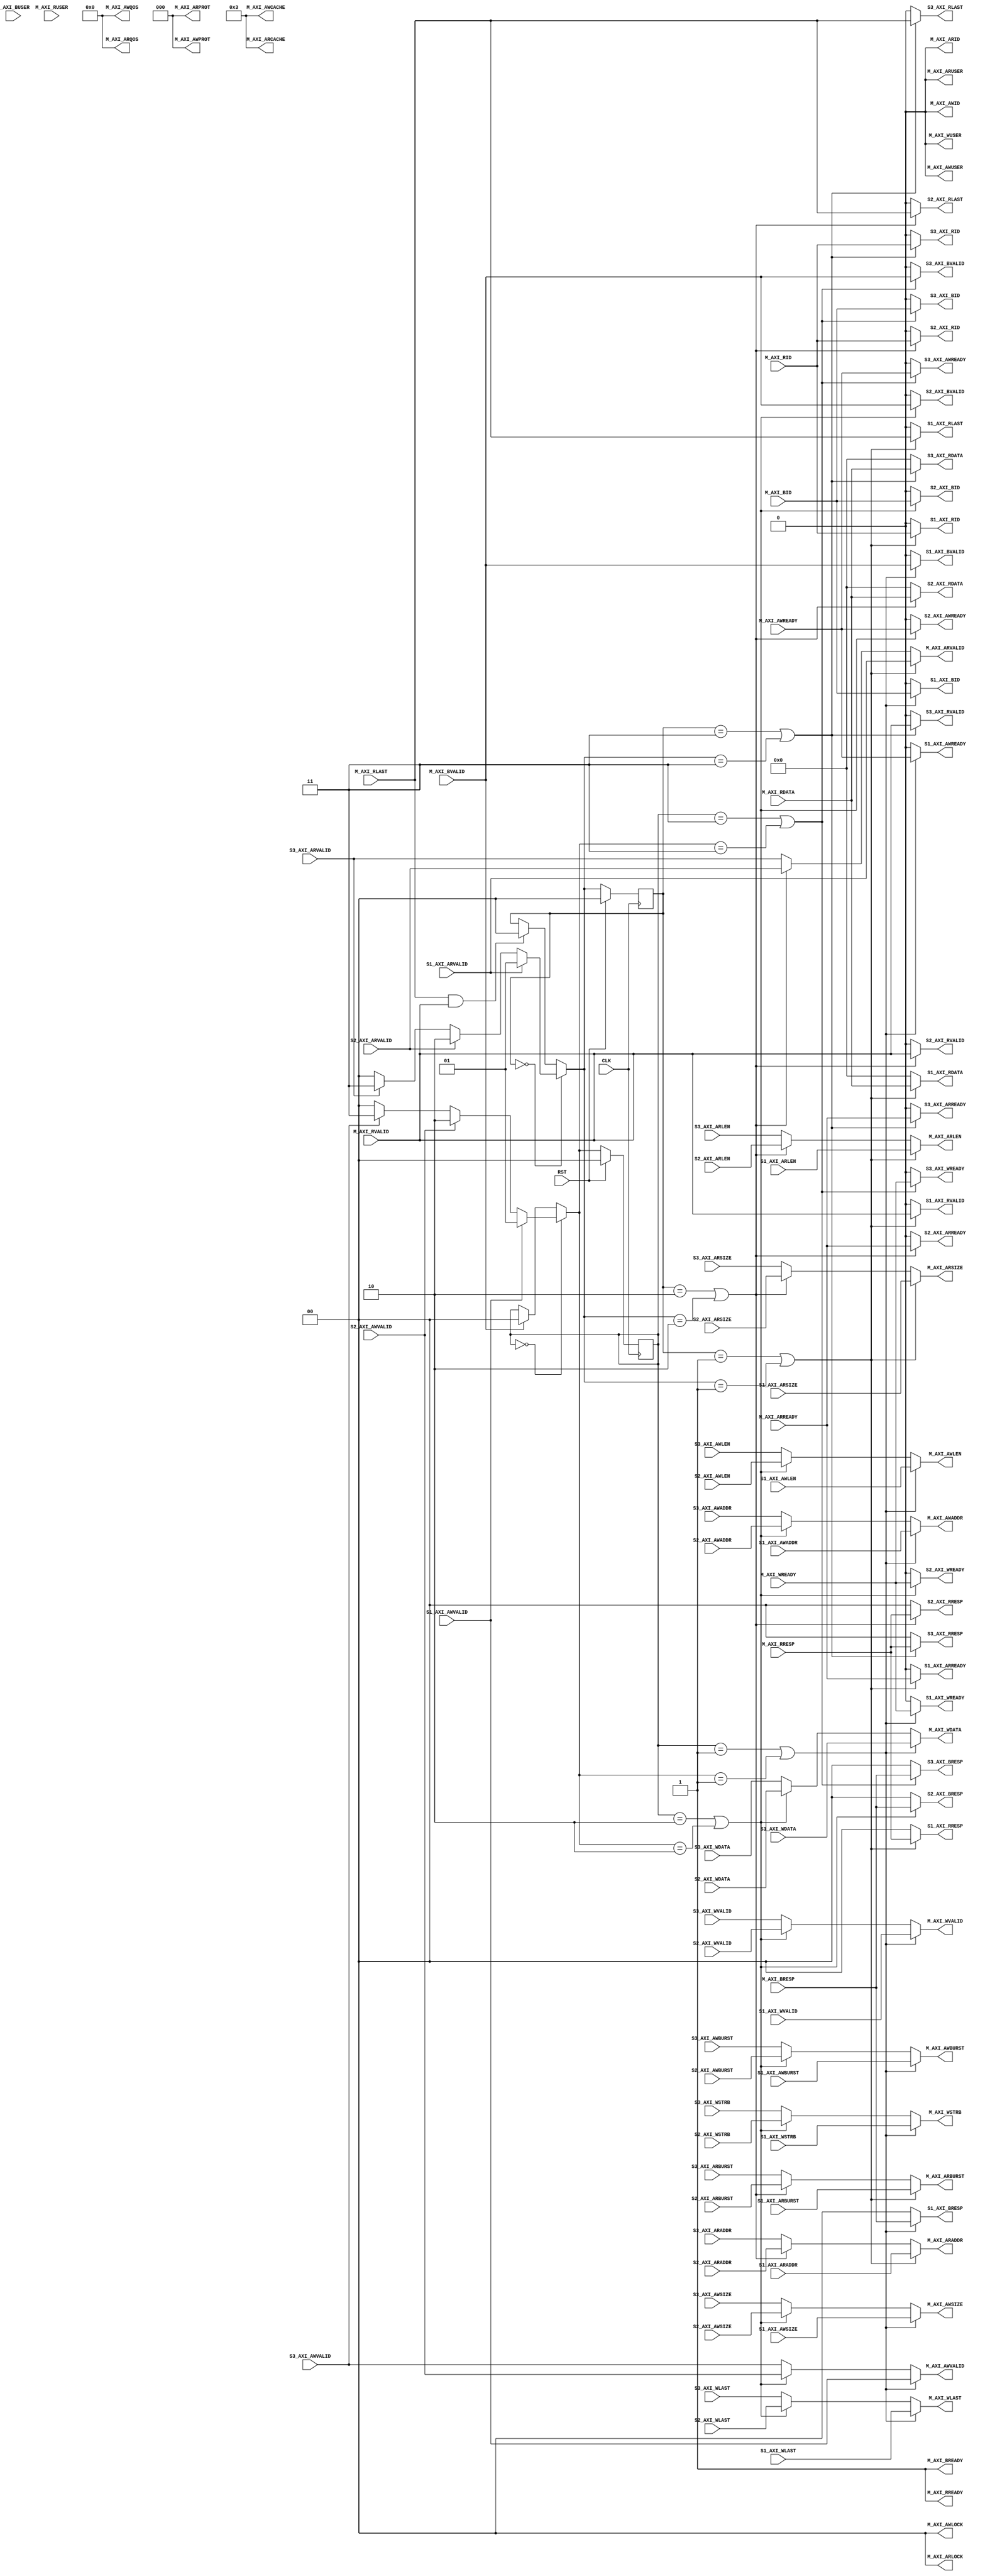
module interconnect_axi
    (
        /* -----  ----- */
        // , 
        input wire          CLK,
        input wire          RST,

        /* ----- AXI ----- */
        // Master
        output wire         M_AXI_AWID,
        output wire [31:0]  M_AXI_AWADDR,
        output wire [7:0]   M_AXI_AWLEN,
        output wire [2:0]   M_AXI_AWSIZE,
        output wire [1:0]   M_AXI_AWBURST,
        output wire [1:0]   M_AXI_AWLOCK,
        output wire [3:0]   M_AXI_AWCACHE,
        output wire [2:0]   M_AXI_AWPROT,
        output wire [3:0]   M_AXI_AWQOS,
        output wire         M_AXI_AWUSER,
        output wire         M_AXI_AWVALID,
        input  wire         M_AXI_AWREADY,
        output wire [31:0]  M_AXI_WDATA,
        output wire [3:0]   M_AXI_WSTRB,
        output wire         M_AXI_WLAST,
        output wire         M_AXI_WUSER,
        output wire         M_AXI_WVALID,
        input  wire         M_AXI_WREADY,
        input  wire         M_AXI_BID,
        input  wire [1:0]   M_AXI_BRESP,
        input  wire         M_AXI_BUSER,
        input  wire         M_AXI_BVALID,
        output wire         M_AXI_BREADY,
        output wire         M_AXI_ARID,
        output wire [31:0]  M_AXI_ARADDR,
        output wire [7:0]   M_AXI_ARLEN,
        output wire [2:0]   M_AXI_ARSIZE,
        output wire [1:0]   M_AXI_ARBURST,
        output wire [1:0]   M_AXI_ARLOCK,
        output wire [3:0]   M_AXI_ARCACHE,
        output wire [2:0]   M_AXI_ARPROT,
        output wire [3:0]   M_AXI_ARQOS,
        output wire         M_AXI_ARUSER,
        output wire         M_AXI_ARVALID,
        input  wire         M_AXI_ARREADY,
        input  wire         M_AXI_RID,
        input  wire [31:0]  M_AXI_RDATA,
        input  wire [1:0]   M_AXI_RRESP,
        input  wire         M_AXI_RLAST,
        input  wire         M_AXI_RUSER,
        input  wire         M_AXI_RVALID,
        output wire         M_AXI_RREADY,

        // Slave1
        input  wire [31:0]  S1_AXI_AWADDR,
        input  wire [7:0]   S1_AXI_AWLEN,
        input  wire [2:0]   S1_AXI_AWSIZE,
        input  wire [1:0]   S1_AXI_AWBURST,
        input  wire         S1_AXI_AWVALID,
        output wire         S1_AXI_AWREADY,
        input  wire [31:0]  S1_AXI_WDATA,
        input  wire [3:0]   S1_AXI_WSTRB,
        input  wire         S1_AXI_WLAST,
        input  wire         S1_AXI_WVALID,
        output wire         S1_AXI_WREADY,
        output wire         S1_AXI_BID,
        output wire [1:0]   S1_AXI_BRESP,
        output wire         S1_AXI_BVALID,
        input  wire [31:0]  S1_AXI_ARADDR,
        input  wire [7:0]   S1_AXI_ARLEN,
        input  wire [2:0]   S1_AXI_ARSIZE,
        input  wire [1:0]   S1_AXI_ARBURST,
        input  wire         S1_AXI_ARVALID,
        output wire         S1_AXI_ARREADY,
        output wire         S1_AXI_RID,
        output wire [31:0]  S1_AXI_RDATA,
        output wire [1:0]   S1_AXI_RRESP,
        output wire         S1_AXI_RLAST,
        output wire         S1_AXI_RVALID,

        // Slave2
        input  wire [31:0]  S2_AXI_AWADDR,
        input  wire [7:0]   S2_AXI_AWLEN,
        input  wire [2:0]   S2_AXI_AWSIZE,
        input  wire [1:0]   S2_AXI_AWBURST,
        input  wire         S2_AXI_AWVALID,
        output wire         S2_AXI_AWREADY,
        input  wire [31:0]  S2_AXI_WDATA,
        input  wire [3:0]   S2_AXI_WSTRB,
        input  wire         S2_AXI_WLAST,
        input  wire         S2_AXI_WVALID,
        output wire         S2_AXI_WREADY,
        output wire         S2_AXI_BID,
        output wire [1:0]   S2_AXI_BRESP,
        output wire         S2_AXI_BVALID,
        input  wire [31:0]  S2_AXI_ARADDR,
        input  wire [7:0]   S2_AXI_ARLEN,
        input  wire [2:0]   S2_AXI_ARSIZE,
        input  wire [1:0]   S2_AXI_ARBURST,
        input  wire         S2_AXI_ARVALID,
        output wire         S2_AXI_ARREADY,
        output wire         S2_AXI_RID,
        output wire [31:0]  S2_AXI_RDATA,
        output wire [1:0]   S2_AXI_RRESP,
        output wire         S2_AXI_RLAST,
        output wire         S2_AXI_RVALID,

        // Slave3
        input  wire [31:0]  S3_AXI_AWADDR,
        input  wire [7:0]   S3_AXI_AWLEN,
        input  wire [2:0]   S3_AXI_AWSIZE,
        input  wire [1:0]   S3_AXI_AWBURST,
        input  wire         S3_AXI_AWVALID,
        output wire         S3_AXI_AWREADY,
        input  wire [31:0]  S3_AXI_WDATA,
        input  wire [3:0]   S3_AXI_WSTRB,
        input  wire         S3_AXI_WLAST,
        input  wire         S3_AXI_WVALID,
        output wire         S3_AXI_WREADY,
        output wire         S3_AXI_BID,
        output wire [1:0]   S3_AXI_BRESP,
        output wire         S3_AXI_BVALID,
        input  wire [31:0]  S3_AXI_ARADDR,
        input  wire [7:0]   S3_AXI_ARLEN,
        input  wire [2:0]   S3_AXI_ARSIZE,
        input  wire [1:0]   S3_AXI_ARBURST,
        input  wire         S3_AXI_ARVALID,
        output wire         S3_AXI_ARREADY,
        output wire         S3_AXI_RID,
        output wire [31:0]  S3_AXI_RDATA,
        output wire [1:0]   S3_AXI_RRESP,
        output wire         S3_AXI_RLAST,
        output wire         S3_AXI_RVALID
    );

    /* -----  ----- */
    // AR, R
    parameter AC_R_IDLE = 2'b00;
    parameter AC_R_S1   = 2'b01;
    parameter AC_R_S2   = 2'b10;
    parameter AC_R_S3   = 2'b11;

    reg [1:0] ac_r_state, ac_r_next_state;

    assign s1_r_allow = ac_r_state == AC_R_S1 || ac_r_next_state == AC_R_S1;
    assign s2_r_allow = ac_r_state == AC_R_S2 || ac_r_next_state == AC_R_S2;
    assign s3_r_allow = ac_r_state == AC_R_S3 || ac_r_next_state == AC_R_S3;

    always @ (posedge CLK) begin
        if (RST)
            ac_r_state <= AC_R_IDLE;
        else
            ac_r_state <= ac_r_next_state;
    end

    always @* begin
        case (ac_r_state)
            AC_R_IDLE:
                if (S1_AXI_ARVALID)
                    ac_r_next_state <= AC_R_S1;
                else if (S2_AXI_ARVALID)
                    ac_r_next_state <= AC_R_S2;
                else if (S3_AXI_ARVALID)
                    ac_r_next_state <= AC_R_S3;
                else
                    ac_r_next_state <= AC_R_IDLE;

            default:
                if (M_AXI_RLAST && M_AXI_RVALID)
                    ac_r_next_state <= AC_R_IDLE;
                else
                    ac_r_next_state <= ac_r_state;
        endcase
    end

    // AW, W, B
    parameter AC_W_IDLE = 2'b00;
    parameter AC_W_S1   = 2'b01;
    parameter AC_W_S2   = 2'b10;
    parameter AC_W_S3   = 2'b11;

    reg [1:0] ac_w_state, ac_w_next_state;

    assign s1_w_allow = ac_w_state == AC_W_S1 || ac_w_next_state == AC_W_S1;
    assign s2_w_allow = ac_w_state == AC_W_S2 || ac_w_next_state == AC_W_S2;
    assign s3_w_allow = ac_w_state == AC_W_S3 || ac_w_next_state == AC_W_S3;

    always @ (posedge CLK) begin
        if (RST)
            ac_w_state <= AC_W_IDLE;
        else
            ac_w_state <= ac_w_next_state;
    end

    always @* begin
        case (ac_w_state)
            AC_W_IDLE:
                if (S1_AXI_AWVALID)
                    ac_w_next_state <= AC_W_S1;
                else if (S2_AXI_AWVALID)
                    ac_w_next_state <= AC_W_S2;
                else if (S3_AXI_AWVALID)
                    ac_w_next_state <= AC_W_S3;
                else
                    ac_w_next_state <= AC_W_IDLE;

            default:
                if (M_AXI_BVALID)
                    ac_w_next_state <= AC_W_IDLE;
                else
                    ac_w_next_state <= ac_w_state;
        endcase
    end

    /* ----- AXI ----- */
    // 
    assign M_AXI_AWID       = 'b0;
    assign M_AXI_AWLOCK     = 2'b00;
    assign M_AXI_AWCACHE    = 4'b0011;
    assign M_AXI_AWPROT     = 3'h0;
    assign M_AXI_AWQOS      = 4'h0;
    assign M_AXI_AWUSER     = 'b0;
    assign M_AXI_WUSER      = 'b0;
    assign M_AXI_BREADY     = 1'b1;
    assign M_AXI_ARID       = 'b0;
    assign M_AXI_ARLOCK     = 1'b0;
    assign M_AXI_ARCACHE    = 4'b0011;
    assign M_AXI_ARPROT     = 3'h0;
    assign M_AXI_ARQOS      = 4'h0;
    assign M_AXI_ARUSER     = 'b0;
    assign M_AXI_RREADY     = 1'b1;

    // 
    assign M_AXI_AWADDR     = s1_w_allow ? S1_AXI_AWADDR :
                              s2_w_allow ? S2_AXI_AWADDR :
                                           S3_AXI_AWADDR ;
    assign M_AXI_AWLEN      = s1_w_allow ? S1_AXI_AWLEN :
                              s2_w_allow ? S2_AXI_AWLEN :
                                           S3_AXI_AWLEN ;
    assign M_AXI_AWSIZE     = s1_w_allow ? S1_AXI_AWSIZE :
                              s2_w_allow ? S2_AXI_AWSIZE :
                                           S3_AXI_AWSIZE ;
    assign M_AXI_AWBURST    = s1_w_allow ? S1_AXI_AWBURST :
                              s2_w_allow ? S2_AXI_AWBURST:
                                           S3_AXI_AWBURST;
    assign M_AXI_AWVALID    = s1_w_allow ? S1_AXI_AWVALID :
                              s2_w_allow ? S2_AXI_AWVALID :
                                           S3_AXI_AWVALID ;
    assign M_AXI_WDATA      = s1_w_allow ? S1_AXI_WDATA :
                              s2_w_allow ? S2_AXI_WDATA :
                                           S3_AXI_WDATA ;
    assign M_AXI_WSTRB      = s1_w_allow ? S1_AXI_WSTRB :
                              s2_w_allow ? S2_AXI_WSTRB :
                                           S3_AXI_WSTRB ;
    assign M_AXI_WLAST      = s1_w_allow ? S1_AXI_WLAST :
                              s2_w_allow ? S2_AXI_WLAST :
                                           S3_AXI_WLAST ;
    assign M_AXI_WVALID     = s1_w_allow ? S1_AXI_WVALID :
                              s2_w_allow ? S2_AXI_WVALID :
                                           S3_AXI_WVALID ;
    assign M_AXI_ARADDR     = s1_r_allow ? S1_AXI_ARADDR :
                              s2_r_allow ? S2_AXI_ARADDR :
                                           S3_AXI_ARADDR ;
    assign M_AXI_ARLEN      = s1_r_allow ? S1_AXI_ARLEN :
                              s2_r_allow ? S2_AXI_ARLEN :
                                           S3_AXI_ARLEN ;
    assign M_AXI_ARSIZE     = s1_r_allow ? S1_AXI_ARSIZE :
                              s2_r_allow ? S2_AXI_ARSIZE :
                                           S3_AXI_ARSIZE ;
    assign M_AXI_ARBURST    = s1_r_allow ? S1_AXI_ARBURST :
                              s2_r_allow ? S2_AXI_ARBURST :
                                           S3_AXI_ARBURST ;
    assign M_AXI_ARVALID    = s1_r_allow ? S1_AXI_ARVALID :
                              s2_r_allow ? S2_AXI_ARVALID :
                                           S3_AXI_ARVALID ;

    assign S1_AXI_AWREADY   = s1_w_allow ? M_AXI_AWREADY : 1'b0;
    assign S1_AXI_WREADY    = s1_w_allow ? M_AXI_WREADY : 1'b0;
    assign S1_AXI_BID       = s1_w_allow ? M_AXI_BID : 1'b0;
    assign S1_AXI_BRESP     = s1_w_allow ? M_AXI_BRESP : 2'b0;
    assign S1_AXI_BVALID    = s1_w_allow ? M_AXI_BVALID : 1'b0;
    assign S1_AXI_ARREADY   = s1_r_allow ? M_AXI_ARREADY : 1'b0;
    assign S1_AXI_RID       = s1_r_allow ? M_AXI_RID : 1'b0;
    assign S1_AXI_RDATA     = s1_r_allow ? M_AXI_RDATA : 32'b0;
    assign S1_AXI_RRESP     = s1_r_allow ? M_AXI_RRESP : 2'b0;
    assign S1_AXI_RLAST     = s1_r_allow ? M_AXI_RLAST : 2'b0;
    assign S1_AXI_RVALID    = s1_r_allow ? M_AXI_RVALID : 1'b0;

    assign S2_AXI_AWREADY   = s2_w_allow ? M_AXI_AWREADY : 1'b0;
    assign S2_AXI_WREADY    = s2_w_allow ? M_AXI_WREADY : 1'b0;
    assign S2_AXI_BID       = s2_w_allow ? M_AXI_BID : 1'b0;
    assign S2_AXI_BRESP     = s2_w_allow ? M_AXI_BRESP : 2'b0;
    assign S2_AXI_BVALID    = s2_w_allow ? M_AXI_BVALID : 1'b0;
    assign S2_AXI_ARREADY   = s2_r_allow ? M_AXI_ARREADY : 1'b0;
    assign S2_AXI_RID       = s2_r_allow ? M_AXI_RID : 1'b0;
    assign S2_AXI_RDATA     = s2_r_allow ? M_AXI_RDATA : 32'b0;
    assign S2_AXI_RRESP     = s2_r_allow ? M_AXI_RRESP : 2'b0;
    assign S2_AXI_RLAST     = s2_r_allow ? M_AXI_RLAST : 2'b0;
    assign S2_AXI_RVALID    = s2_r_allow ? M_AXI_RVALID : 1'b0;

    assign S3_AXI_AWREADY   = s3_w_allow ? M_AXI_AWREADY : 1'b0;
    assign S3_AXI_WREADY    = s3_w_allow ? M_AXI_WREADY : 1'b0;
    assign S3_AXI_BID       = s3_w_allow ? M_AXI_BID : 1'b0;
    assign S3_AXI_BRESP     = s3_w_allow ? M_AXI_BRESP : 2'b0;
    assign S3_AXI_BVALID    = s3_w_allow ? M_AXI_BVALID : 1'b0;
    assign S3_AXI_ARREADY   = s3_r_allow ? M_AXI_ARREADY : 1'b0;
    assign S3_AXI_RID       = s3_r_allow ? M_AXI_RID : 1'b0;
    assign S3_AXI_RDATA     = s3_r_allow ? M_AXI_RDATA : 32'b0;
    assign S3_AXI_RRESP     = s3_r_allow ? M_AXI_RRESP : 2'b0;
    assign S3_AXI_RLAST     = s3_r_allow ? M_AXI_RLAST : 2'b0;
    assign S3_AXI_RVALID    = s3_r_allow ? M_AXI_RVALID : 1'b0;

endmodule